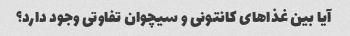
آیا بین غذاهای کانتونی و سیچوان تفاوتی وجود دارد؟